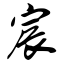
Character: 宸